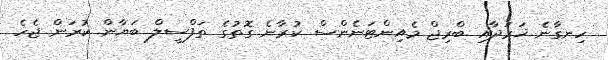
ހިނގާނެ ޚަރަދާއި ބްރިޖް މެއިންޓަނެންސް ކުރާނެ ގޮތުގެ ތަފްސީލް ބަޔާން ކުރަން ޖެހެ